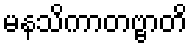
မနသိကာတဗ္ဗာတိ